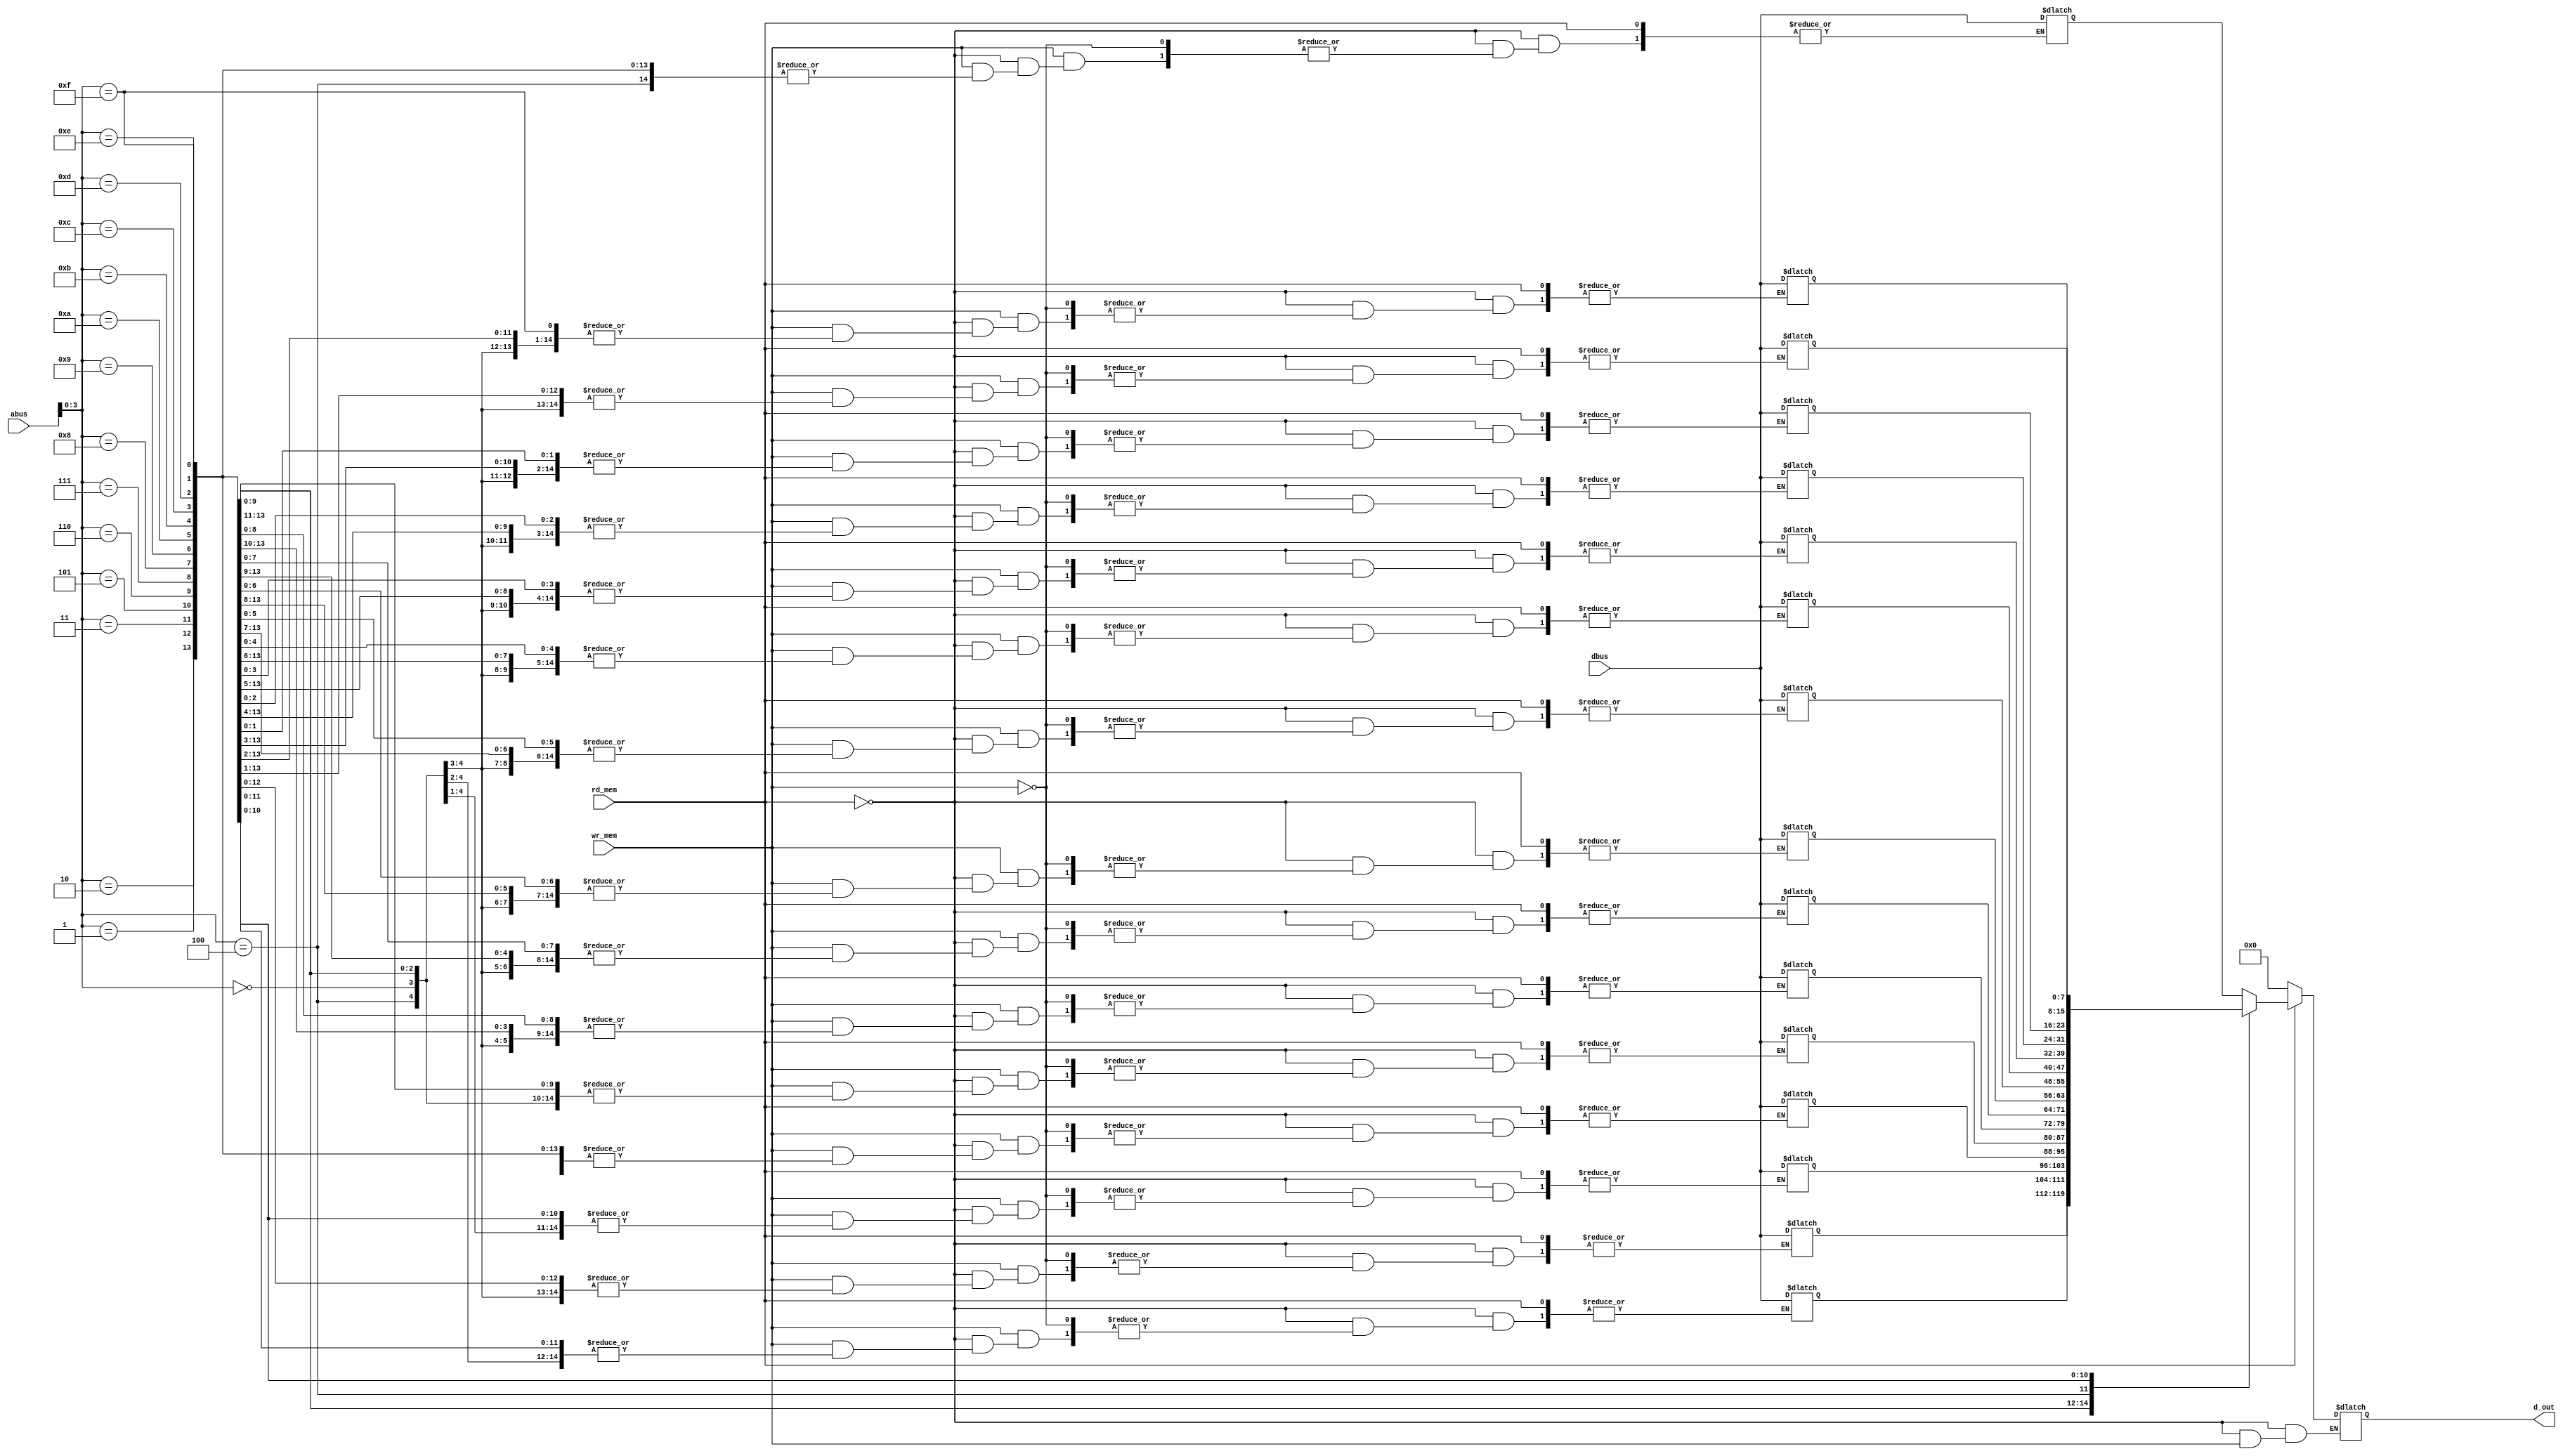
module DataMemory (
    input [4:0] abus,
    input [7:0] dbus,
    input rd_mem, wr_mem,
    output reg [7:0] d_out
);
    reg [7:0] dm_array [0:15];
    
    always @(abus) begin
        if (rd_mem)
            d_out = dm_array[abus];
        else if (wr_mem)
            dm_array[abus] = dbus;
        else
            d_out = 8'h00;
    end
endmodule